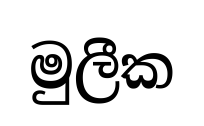
මුලීක